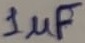
Text: 1µF